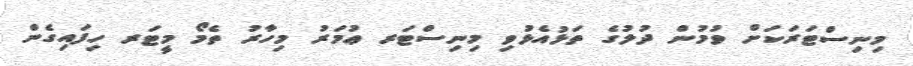
މިނިސްޓަރަކަށް ވުމުން ދުލުގެ ތަޅުއެޅުވި މިނިސްޓަރ ޢުމަރު މިހާރު ތެމޯ މީޓަރ ހިފައިގެން